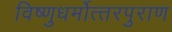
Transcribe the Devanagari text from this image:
विष्‍णुधर्मोत्‍तरपुराण